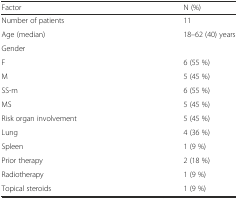
| Factor | N (%) |
 | --- | --- |
 | Number of patients | 11 |
 | Age (median) | 18–62 (40) years |
 | Gender |  |
 | F | 6 (55 %) |
 | M | 5 (45 %) |
 | SS-m | 6 (55 %) |
 | MS | 5 (45 %) |
 | Risk organ involvement | 5 (45 %) |
 | Lung | 4 (36 %) |
 | Spleen | 1 (9 %) |
 | Prior therapy | 2 (18 %) |
 | Radiotherapy | 1 (9 %) |
 | Topical steroids | 1 (9 %) |